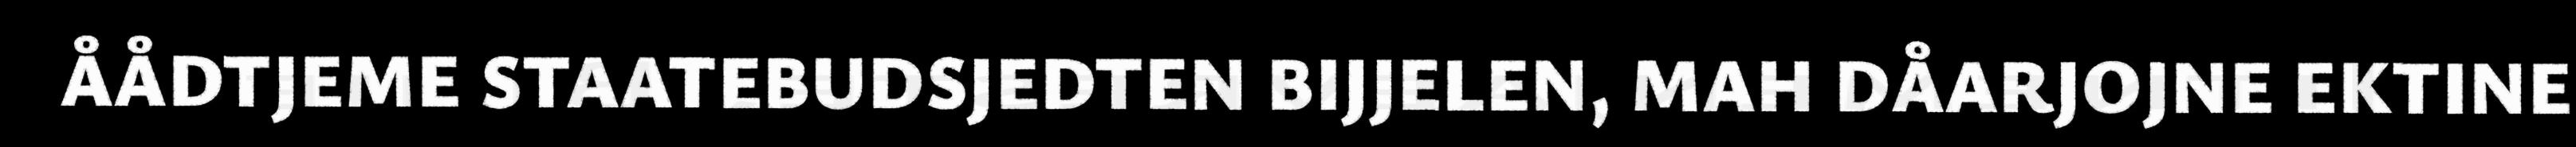
ÅÅDTJEME STAATEBUDSJEDTEN BIJJELEN, MAH DÅARJOJNE EKTINE